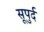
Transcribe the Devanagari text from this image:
सूपुर्द